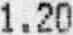
1.20